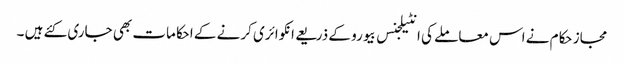
مجاز حکام نے اس معاملے کی انٹیلجنس بیورو کے ذریعے انکوائری کرنے کے احکامات بھی جاری کئے ہیں ۔